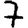
Digit: 7